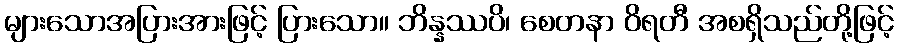
များသောအပြားအားဖြင့် ပြားသော။ ဘိန္နဿပိ၊ စေတနာ ဝိရတီ အစရှိသည်တို့ဖြင့်